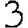
Digit: 3